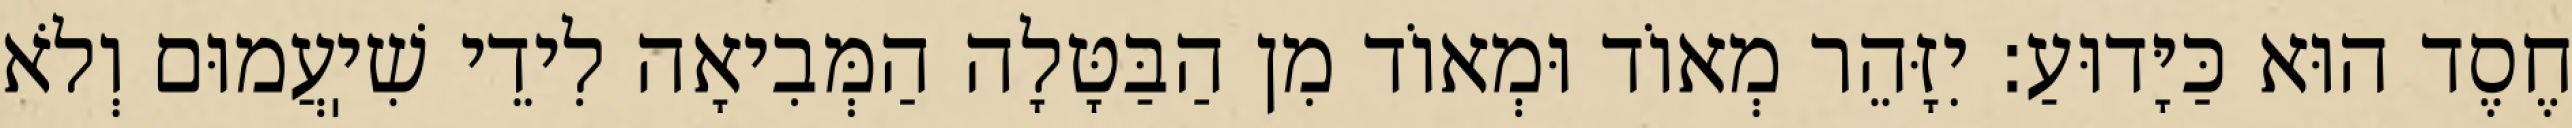
חֶסֶד הוּא כַּיָּדוּעַ: יִזָּהֵר מְאוֹד וּמְאוֹד מִן הַבַּטָּלָה הַמְּבִיאָה לִידֵי שִׁיֽעֲמוּם וְלֹא